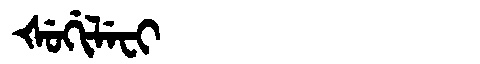
Manchu: ᡧᡠᡤᡳᠯᡝᠸᡳ
Romanization: ŠUGILEFI